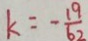
k = - \frac { 1 9 } { 6 2 }